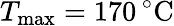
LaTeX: T_{\mathrm{max}}=170\, ^{\circ}\mathrm{C}